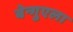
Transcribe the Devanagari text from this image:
बेन्गुएला